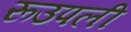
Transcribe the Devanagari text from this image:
रूउपली